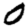
Digit: 0